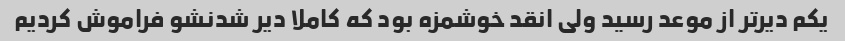
یکم دیرتر از موعد رسید ولی انقد خوشمزه بود که کاملا دیر شدنشو فراموش کردیم